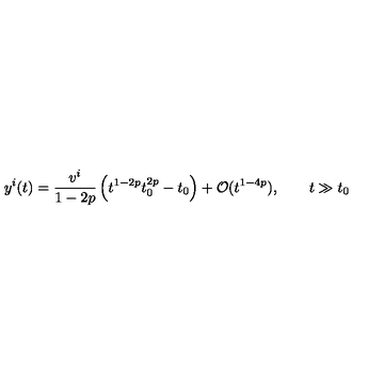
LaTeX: y ^ { i } ( t ) = \frac { v ^ { i } } { 1 - 2 p } \left( t ^ { 1 - 2 p } t _ { 0 } ^ { 2 p } - t _ { 0 } \right) + { \cal O } ( t ^ { 1 - 4 p } ) , \qquad t \gg t _ { 0 }